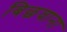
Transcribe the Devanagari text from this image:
बिछवाना